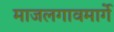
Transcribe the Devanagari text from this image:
माजलगावमार्गे